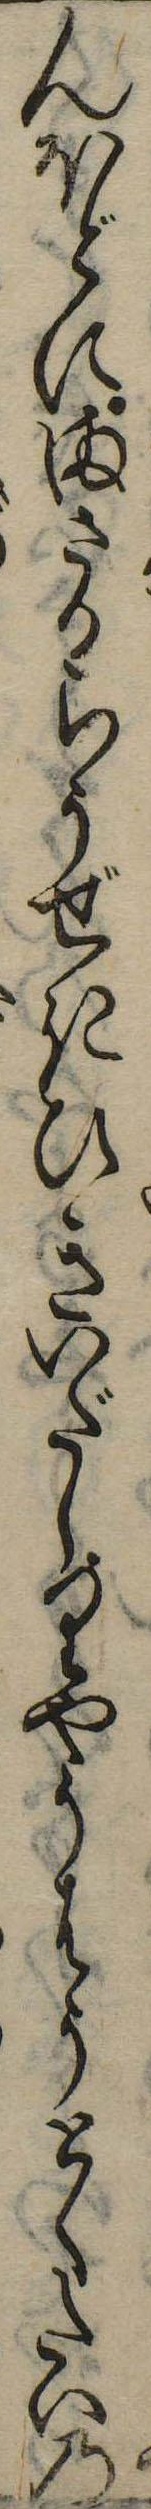
んほどにまさからうぜきひきいだしりやうはうとくたいの